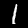
Digit: 1